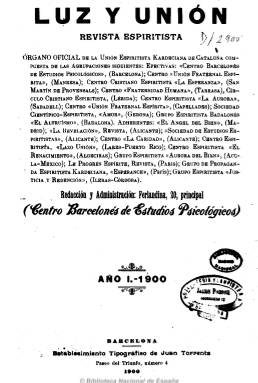
Título: Luz y unión
Otros títulos: Título: Luz y unión, revista de estudios psicológicos, 1902
Colección: Espiritismo
Ámbito geográfico: Barcelona
Lugar de publicación: Barcelona
Fechas: 10/05/1900-31/12/1910

Órgano oficial de la Unión Espiritista Kardeciana de Cataluña, que integraba a diferentes agrupaciones, principalmente catalanas, y otras adheridas de Francia y otros países hispanoamericanos. Dirigida por Jacinto Esteva Marata, y de la que fue redactora-jefe la escritora andaluza Amalia Domingo Soler (1835-1909), afamada espiritista relacionada con la masonería. La revista es fruto de la unión de las tituladas La luz del porvenir y La unión espiritista, que comenzó a editarse en Barcelona en 1900 cuatro veces al mes, en números de ocho páginas, para después convertirse en mensual, con cuadernos de una treintena de páginas. Publica artículos sobre este movimiento fundado por Allan Kardec (1804-1869), y cuyas primeras cabeceras de prensa en España datan de 1868, fundamentado en la existencia de Dios, los espíritus y la reencarnación, y que predicaba la fraternidad universal, el progreso espiritual, la redención social y que en algún modo estuvo emparentado con el librepensamiento. La publicación da cabida a noticias y crónicas, necrológicas, correspondencia, bibliografía y a secciones de consulta. Insertó también algunas fotografías y grabados. Siguió publicándose hasta 1914, cuando cambia su título por: Luz, unión y verdad.